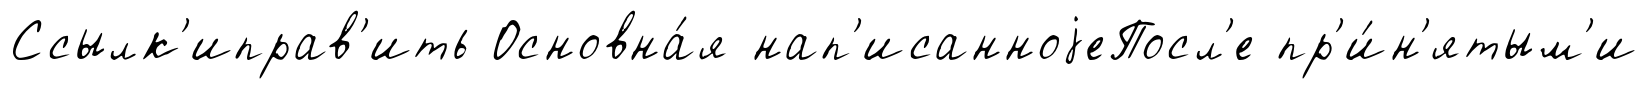
Ссылк'иправ'ить Основна́я нап'исанноjеПосл'е пр'и́н'ятым'и